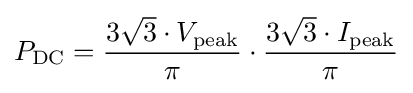
P_{\mathrm {DC} }={\frac {3{\sqrt {3}}\cdot V_{\mathrm {peak} }}{\pi }}\cdot {\frac {3{\sqrt {3}}\cdot I_{\mathrm {peak} }}{\pi }}